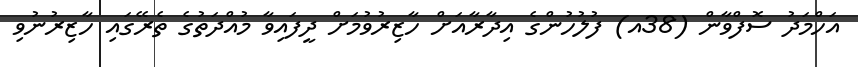
އަހްމަދު ސޮފްވާން (38އ) ފުލުހުންގެ އިދާރާއަށް ހާޒިރުވުމަށް ދީފައިވާ މުއްދަތުގެ ތެރޭގައި ހާޒިރުނުވި